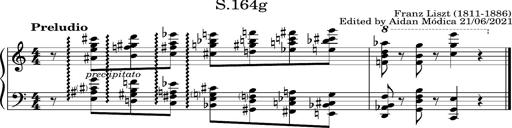
Title: Album-Leaf 'Berlin Preludio', S.164g
Composer: Franz Liszt
Key: C major